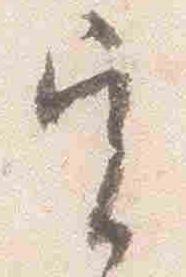
実